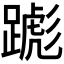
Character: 𬧌